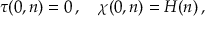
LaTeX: \tau ( 0 , n ) = 0 \, , \quad \chi ( 0 , n ) = H ( n ) \, ,